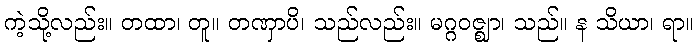
ကဲ့သို့လည်း။ တထာ၊ တူ။ တဏှာပိ၊ သည်လည်း။ မဂ္ဂဝဇ္ဈာ၊ သည်။ န သိယာ၊ ရာ။